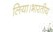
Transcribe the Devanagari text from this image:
लिया।भारतीय